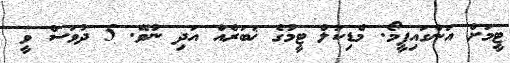
ޓީމަށް އަންގައިފީމޯ. މެޑިކަލް ޓީމުގެ ޚަބަރެއް އަދި ނުވޭ. 5 ދުވަސް ވީ